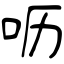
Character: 呖